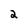
Character: 2